Report on plague in the Punjab from October 1st ... to September 30th ..., being the ... season of plague in the province
Disease focus: Plague
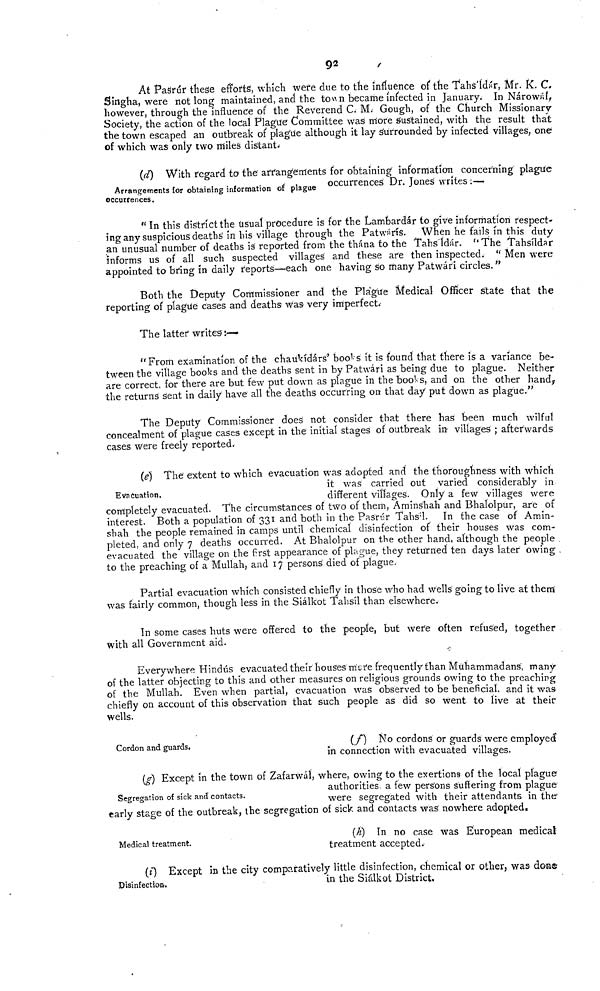
92
At PaSrúr these efforts, which were due to the influence of the Tahs ldar, Mr. K. C.
Singha, were not long maintained, and the town became infected in January. In Nárowál,
however, through the influence of the Reverend C. M. Gough, of the Church Missionary-
Society, the action of the local Plague Committee was more Sustained, with the result that
the town escaped an outbreak of plague although it lay surrounded by infected villages, one
of which was only two miles distant.-
(d) With regard to the arrangements for obtaining information concerning plague
Arrangements for obtaining information of plagae occurrences Dr. Jones writes :—
occurrences.
" In this district the usual procedure is for the Lambardár to give information respect-
ing any suspicious deaths'in his village through the Patwárís. When he fails in this duty
an unusual number of deaths is reported from the thána to the Tahs'ldár. ''The Tahsildar
informs us of all such suspected villages and these are then inspected. " Men were
appointed to bring in daily reports—each one having so many Patwári circles. "
Both the Deputy Commissioner and the Plague Medical Officer state that the
reporting of plague cases and deaths was very imperfect.-
The latter writes ;—
"From examination of the chaukídárs' books it is found that there is a variance be-
tween the village books and the deaths sent in by Patwàri as being due to plague. Neither
are correct, for there are but few put down as plague in the books, and on the other hand,
the returns sent in daily have all the deaths occurring on that day put down as plague."
The Deputy Commissioner does not consider that there has been much wilful
concealment of plague cases except in the initial stages of outbreak in villages ; afterwards
cases were freely reported.
Evacuation.
(e) The 1 extent to which evacuation was adopted and the thoroughness with which
it was carried out varied considerably in
different villages. Only a few villages were
completely evacuated. The circumstances of two of them, Arninshah and Bhalolpur, are of
interest. Both a population of 331 and both in the Pasrúr Tahs ; l. In the case of Amin-
shah the people remained in camps until chemical disinfection of their houses was com-
pleted, and only 7 deaths occurred. At Bhalolpur on the other hand, although the people
evacuated the village on the first appearance of plague, they returned ten days later owing .
to the preaching of a Mullah, and 17 persons' died of plague.
Partial evacuation which consisted chiefly in those who had wells going to live at them
was fairly common, though less in the Siálkot Tahsíl than elsewhere.
In some cases huts were offered to the people, but were often refused, together
With all Government aid.
Everywhere Hindus evacuated their houses mere frequently than Muhammadans', many
of the latter objecting to this and other measures on religious grounds owing to the preaching
of the Mullah. Even when partial, evacuation was observed to be beneficial, and it was
chiefly on account of this observation that such people as did so went to live at their
wells.
Cordon and guards.
(f)
No cordons or guards were employed
in connection with evacuated villages.
Segregation of sick and contacts.
(g) Except in the town of Zafarwal, where, owing to the exertions of the local plague
authorities, a few persons suffering from plague
were segregated with their attendants in the
early stage of the outbreak, the segregation of sick and contacts was nowhere adopted.
Medical treatment.
(h) In no case was European medical
treatment accepted.
(i) Except in the city comparatively little disinfection, chemical or other, was done
Disinfection.
in
the
Siálkot District.